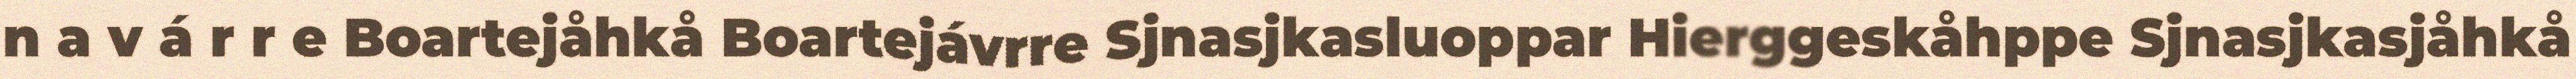
n a v á r r e Boartejåhkå Boartejávrre Sjnasjkasluoppar Hierggeskåhppe Sjnasjkasjåhkå